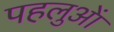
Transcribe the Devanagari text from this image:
पहलुआें